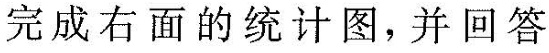
完成右面的统计图问题并回答